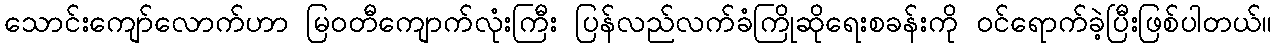
သောင်းကျော်လောက်ဟာ မြဝတီကျောက်လုံးကြီး ပြန်လည်လက်ခံကြိုဆိုရေးစခန်းကို ဝင်ရောက်ခဲ့ပြီးဖြစ်ပါတယ်။